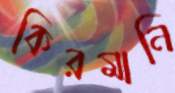
কিরমানি